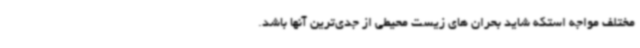
مختلف مواجه استکه شاید بحران های زیست محیطی از جدی‌ترین آنها باشد.